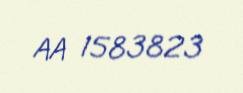
AA 1583823